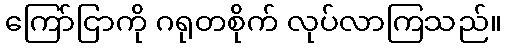
ကြော်ငြာကို ဂရုတစိုက် လုပ်လာကြသည်။